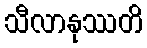
သီလာနုဿတိ